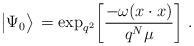
LaTeX: \begin{align*}\big|\Psi_0\big>\,={\rm exp}_{q^2}\bigg[{-\omega (x\cdot x)\over q^N\mu}\bigg]\ .\end{align*}